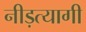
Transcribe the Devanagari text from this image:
नीड़त्यागी